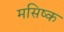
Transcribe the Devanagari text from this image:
मसिष्क